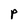
Character: P